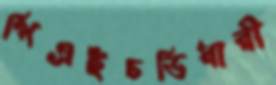
পিএইচডিধারী